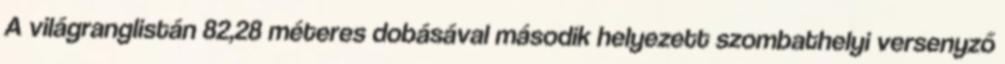
A világranglistán 82,28 méteres dobásával második helyezett szombathelyi versenyző